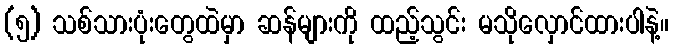
(၅) သစ်သားပုံးတွေထဲမှာ ဆန်များကို ထည့်သွင်း မသိုလှောင်ထားပါနဲ့။